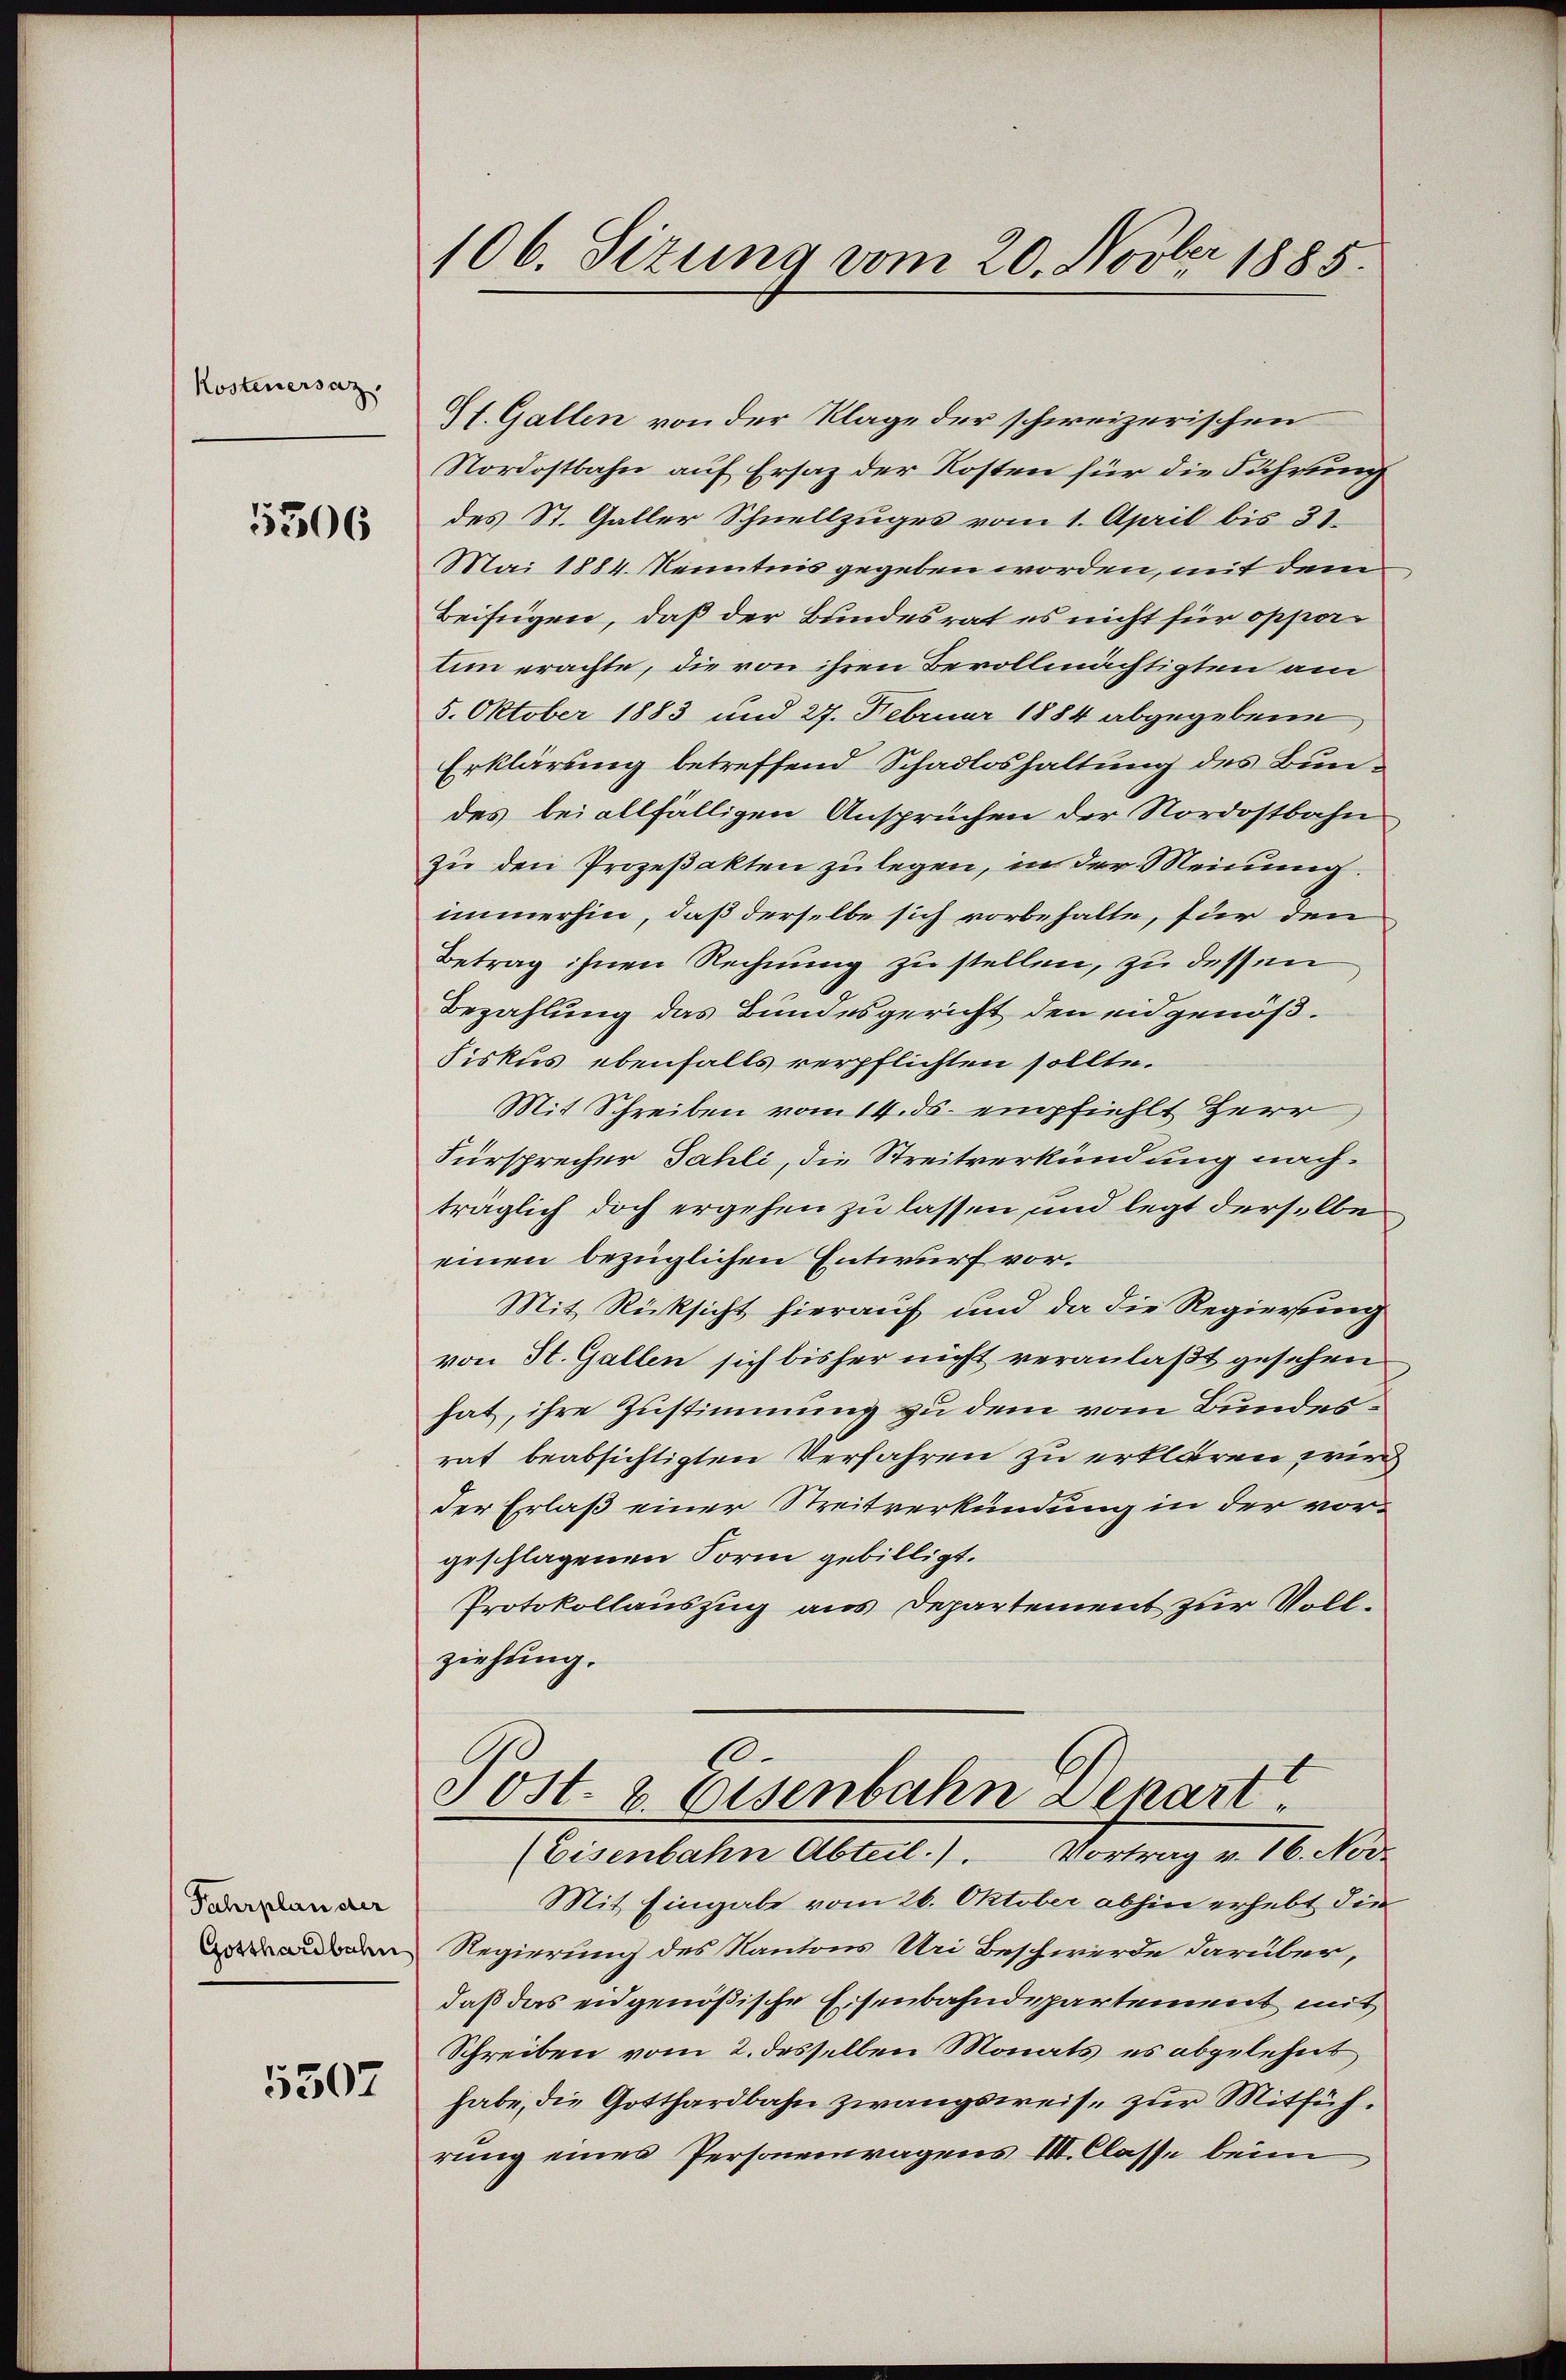
Kostenersaz.

5306

Fahrplan der
Gotthardbahn

5507

106. Sizung vom 20. Novbr 1885

St. Gallen von der Klage der schweizerischen
Nordostbahn auf Ersatz der Kosten für die Führung
des St. Galler Schnellzuges vom 1. April bis 31.
Mai 1884. Kenntnis gegeben worden, mit dem
Beifügen, daß der Bundesrat es nicht für opportim erachte, die von ihren Bevollmächtigten am
5. Oktober 1883 und 27. Februar 1884 abgegebene
Erklärung betreffend Schadloshaltung des Bundes bei allfälligen Ansprüchen der Nordostbahn
zu den Prozeßakten zulegen, in der Meinung.
immerhin, daß derselbe sich vorbehalte, für den
Betrag ihnen Rechnung zu stellen, zu dessen
Bezahlung das Bundesgericht den eidgenöß¬
Fiskus ebenfalls verpflichten sollte.
Mit Schreiben vom 14. ds. empfiehlt Herr
Fürsprecher Fahli, die Streitverkündung nach-
träglich doch ergehen zu lassen, und legt derselbe
einen bezüglichen Entwurf vor.
Mit Rücksicht hierauf und da die Regierung
von St. Gallen sich bisher nicht veranlaßt gesehen
hat, ihre Zustimmung zu dem vom Bundesrat beabsichtigten Verfahren zu erklären wird
der Erlaß einer Streitverkündung in der vorgeschlagenen Form gebilligt.
Protokollauszug aus Departement zur Vollziehung.

6.
Post. 2. Eisenbahn Depart.
(Eisenbahn Abteil.). Vortrag v. 16. Nov.

Mit Eingabe vom 26. Oktober abhin erhebt die
Regierung des Kantons Uri Beschwerde darüber,
daß das eidgenößische Eisenbahndepartement mit
Schreiben vom 2. desselben Monats, es abgelehnt
habe, die Gotthardbahn zwangsweise zur Mitführung eines Personenwagens III. Classe beim